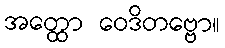
အတ္ထော ဝေဒိတဗ္ဗော။